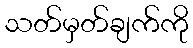
သတ်မှတ်ချက်ကို